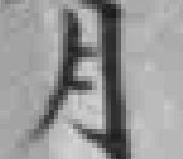
月